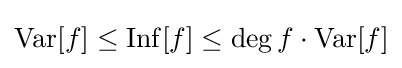
\operatorname {Var} [f]\leq \operatorname {Inf} [f]\leq \deg f\cdot \operatorname {Var} [f]